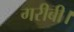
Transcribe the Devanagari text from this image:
गरीबी।